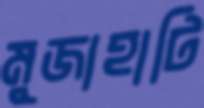
মুজাহাটি